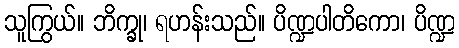
သူကြွယ်။ ဘိက္ခု၊ ရဟန်းသည်။ ပိဏ္ဍပါတိကော၊ ပိဏ္ဍ